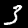
Label: 3